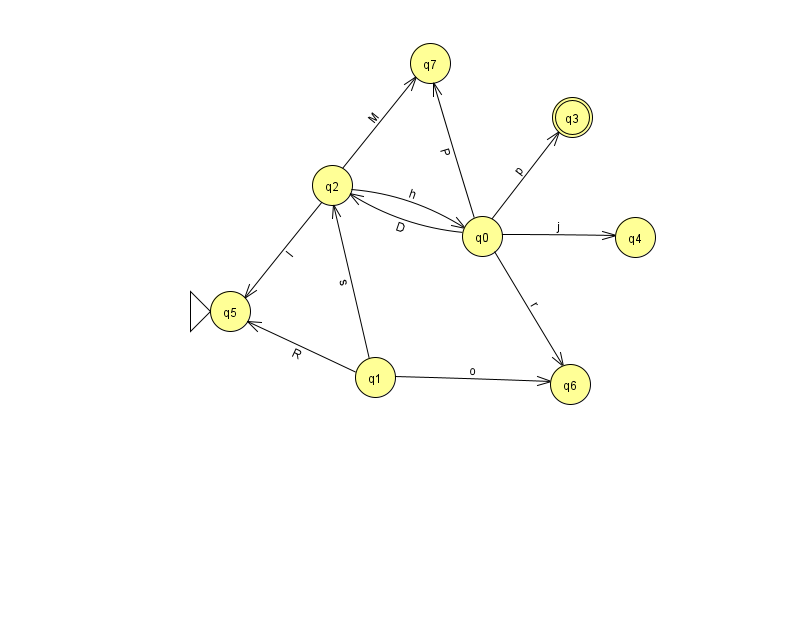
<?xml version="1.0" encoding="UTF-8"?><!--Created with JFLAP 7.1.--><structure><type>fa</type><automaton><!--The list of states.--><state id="0" name="q0"><x>482.0</x><y>223.0</y></state><state id="1" name="q1"><x>375.0</x><y>364.0</y></state><state id="2" name="q2"><x>332.0</x><y>172.0</y></state><state id="3" name="q3"><x>572.0</x><y>104.0</y><final/></state><state id="4" name="q4"><x>635.0</x><y>224.0</y></state><state id="5" name="q5"><x>230.0</x><y>298.0</y><initial/></state><state id="6" name="q6"><x>570.0</x><y>371.0</y></state><state id="7" name="q7"><x>430.0</x><y>50.0</y></state><!--The list of transitions.--><transition><from>0</from><to>4</to><read>j</read></transition><transition><from>1</from><to>5</to><read>R</read></transition><transition><from>1</from><to>2</to><read>s</read></transition><transition><from>2</from><to>0</to><read>h</read></transition><transition><from>0</from><to>7</to><read>P</read></transition><transition><from>2</from><to>7</to><read>M</read></transition><transition><from>0</from><to>2</to><read>D</read></transition><transition><from>0</from><to>3</to><read>p</read></transition><transition><from>1</from><to>6</to><read>o</read></transition><transition><from>0</from><to>6</to><read>r</read></transition><transition><from>2</from><to>5</to><read>I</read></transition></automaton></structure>